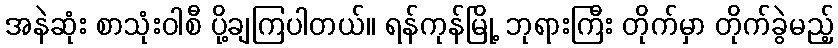
အနဲဆုံး စာသုံးဝါစီ ပို့ချကြပါတယ်။ ရန်ကုန်မြို့ ဘုရားကြီး တိုက်မှာ တိုက်ခွဲမည့်